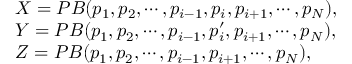
\begin{array} { r l } & { X = P B ( p _ { 1 } , p _ { 2 } , \cdots , p _ { i - 1 } , p _ { i } , p _ { i + 1 } , \cdots , p _ { N } ) , } \\ & { Y = P B ( p _ { 1 } , p _ { 2 } , \cdots , p _ { i - 1 } , p _ { i } ^ { \prime } , p _ { i + 1 } , \cdots , p _ { N } ) , } \\ & { Z = P B ( p _ { 1 } , p _ { 2 } , \cdots , p _ { i - 1 } , p _ { i + 1 } , \cdots , p _ { N } ) , } \end{array}